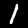
Label: 1